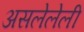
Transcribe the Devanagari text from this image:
असलेलेली